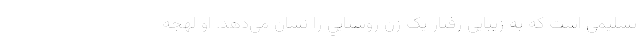
تسليمي است که به زيبايي رفتار يک زن روستايي را نشان مي‌دهد. او لهجه